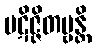
ပဋိဇ္ဇိတဗ္ဗန္တိ